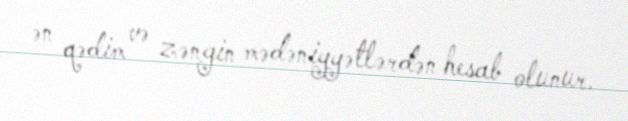
ən qədim və zəngin mədəniyyətlərdən hesab olunur.